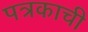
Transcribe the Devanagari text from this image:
पत्रकाची